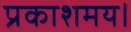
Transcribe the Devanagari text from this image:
प्रकाशमय।